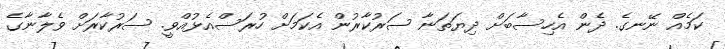
ކަމެއް ނޭނގެ. ދެން އެހިސާބަށް ދިޔަތަނާ ސަރުކާރުން އެކަމަށް ހުރަސްއެޅުއްވީ. ސަރުކާރަށް ވެލާނާގެ